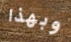
وبهذا